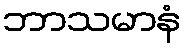
ဘာသမာနံ